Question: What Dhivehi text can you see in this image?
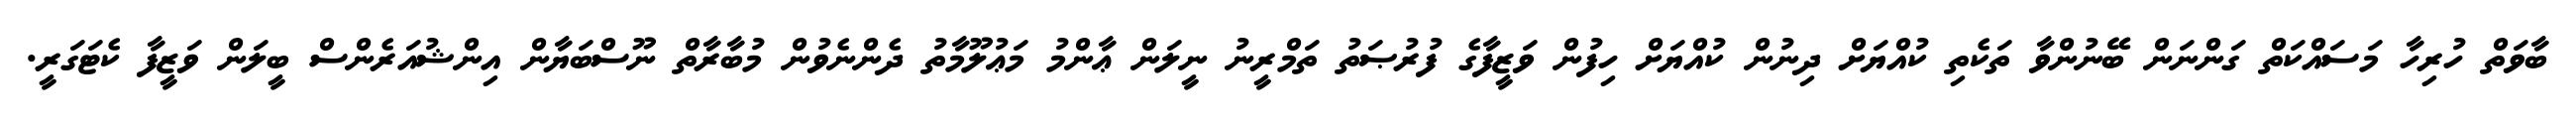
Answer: ބާވަތް ހުރިހާ މަސައްކަތް ގަންނަން ބޭނުންވާ ތަކެތި ކުއްޔަށް ދިނުން ކުއްޔަށް ހިފުން ވަޒީފާގެ ފުރުޞަތު ތަމްރީނު ނީލަން ޢާންމު މަޢުލޫމާތު ދެންނެވުން މުބާރާތް ނޫސްބަޔާން އިންޝުއަރެންސް ބީލަން ވަޒީފާ ކެޓަގަރީ.